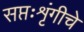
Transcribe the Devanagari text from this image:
सप्तःशृंगीचे